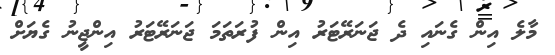
މާލެ އިން ގެނައި ދެ ޖަނަރޭޓަރު އިން ފުރަތަމަ ޖަނަރޭޓަރު އިންޖީނު ގެޔަށް